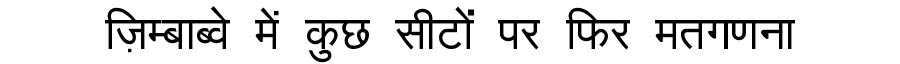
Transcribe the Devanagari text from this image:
ज़िम्बाब्वे में कुछ सीटों पर फिर मतगणना